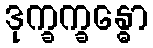
ဒုက္ခက္ခန္ဓော